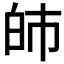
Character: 𤽌